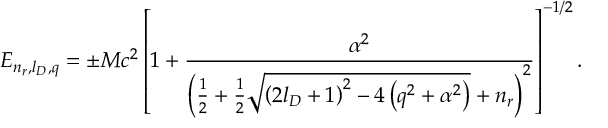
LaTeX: E _ { n _ { r } , l _ { D } , q } = \pm M c ^ { 2 } \left[ 1 + \frac { \alpha ^ { 2 } } { \left( \frac 1 2 + \frac 1 2 \sqrt { \left( 2 l _ { D } + 1 \right) ^ { 2 } - 4 \left( q ^ { 2 } + \alpha ^ { 2 } \right) } + n _ { r } \right) ^ { 2 } } \right] ^ { - 1 / 2 } .